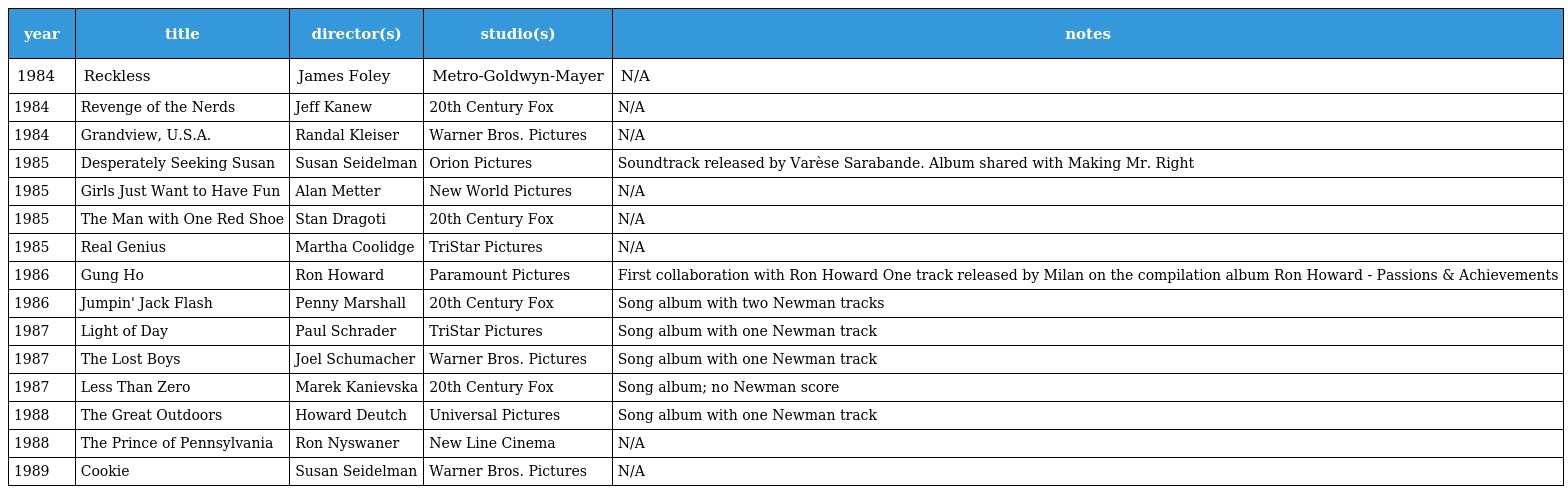
| year | title | director(s) | studio(s) | notes |
 | --- | --- | --- | --- | --- |
 | 1984 | Reckless | James Foley | Metro-Goldwyn-Mayer | N/A |
 | 1984 | Revenge of the Nerds | Jeff Kanew | 20th Century Fox | N/A |
 | 1984 | Grandview, U.S.A. | Randal Kleiser | Warner Bros. Pictures | N/A |
 | 1985 | Desperately Seeking Susan | Susan Seidelman | Orion Pictures | Soundtrack released by Varèse Sarabande. Album shared with Making Mr. Right |
 | 1985 | Girls Just Want to Have Fun | Alan Metter | New World Pictures | N/A |
 | 1985 | The Man with One Red Shoe | Stan Dragoti | 20th Century Fox | N/A |
 | 1985 | Real Genius | Martha Coolidge | TriStar Pictures | N/A |
 | 1986 | Gung Ho | Ron Howard | Paramount Pictures | First collaboration with Ron Howard One track released by Milan on the compilation album Ron Howard - Passions & Achievements |
 | 1986 | Jumpin' Jack Flash | Penny Marshall | 20th Century Fox | Song album with two Newman tracks |
 | 1987 | Light of Day | Paul Schrader | TriStar Pictures | Song album with one Newman track |
 | 1987 | The Lost Boys | Joel Schumacher | Warner Bros. Pictures | Song album with one Newman track |
 | 1987 | Less Than Zero | Marek Kanievska | 20th Century Fox | Song album; no Newman score |
 | 1988 | The Great Outdoors | Howard Deutch | Universal Pictures | Song album with one Newman track |
 | 1988 | The Prince of Pennsylvania | Ron Nyswaner | New Line Cinema | N/A |
 | 1989 | Cookie | Susan Seidelman | Warner Bros. Pictures | N/A |